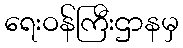
ရေးဝန်ကြီးဌာနမှ